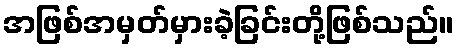
အဖြစ်အမှတ်မှားခဲ့ခြင်းတို့ဖြစ်သည်။